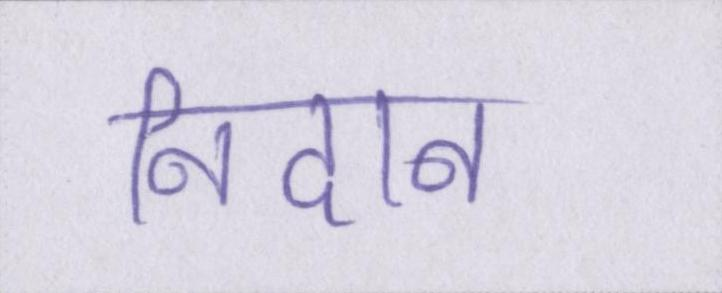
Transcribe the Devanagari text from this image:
निदान